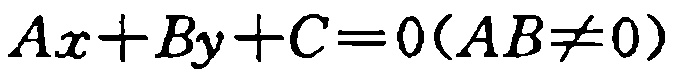
\(Ax + By + C = 0(AB\neq 0)\)